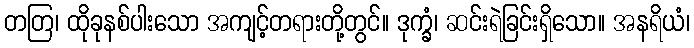
တတြ၊ ထိုခုနစ်ပါးသော အကျင့်တရားတို့တွင်။ ဒုက္ခံ၊ ဆင်းရဲခြင်းရှိသော။ အနရိယံ၊